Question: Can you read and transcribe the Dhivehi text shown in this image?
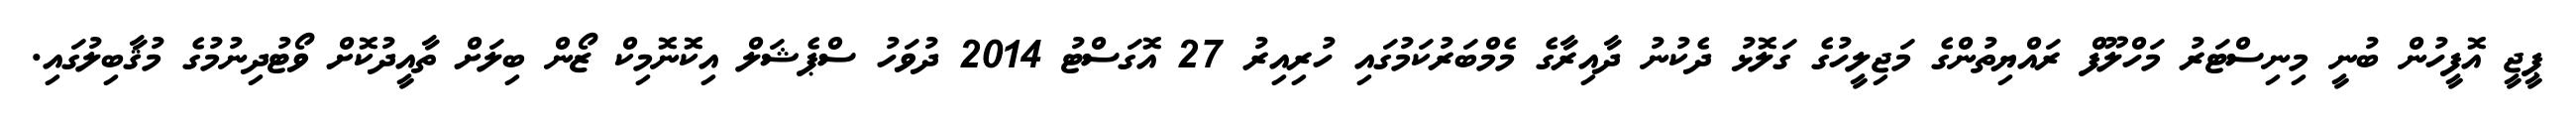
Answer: ޕީޖީ އޮފީހުން ބުނީ މިނިސްޓަރު މަހްލޫފް ރައްޔިތުންގެ މަޖިލީހުގެ ގަލޮޅު ދެކުނު ދާއިރާގެ މެމްބަރުކަމުގައި ހުރިއިރު 27 އޮގަސްޓު 2014 ދުވަހު ސްޕެޝަލް އިކޮނޮމިކް ޒޯން ބިލަށް ތާއީދުކޮށް ވޯޓުދިނުމުގެ މުޤާބިލުގައި.